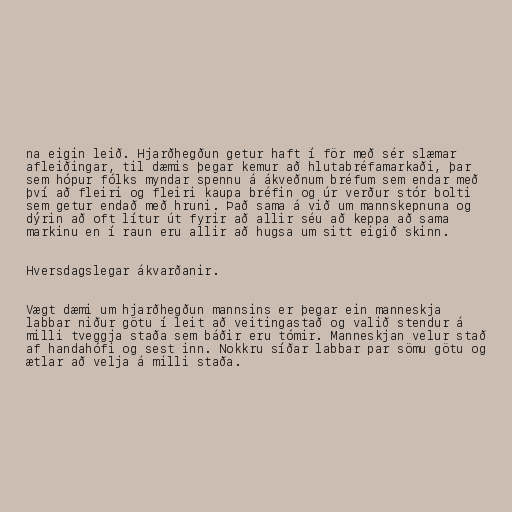
na eigin leið. Hjarðhegðun getur haft í för með sér slæmar
afleiðingar, til dæmis þegar kemur að hlutabréfamarkaði, þar
sem hópur fólks myndar spennu á ákveðnum bréfum sem endar með
því að fleiri og fleiri kaupa bréfin og úr verður stór bolti
sem getur endað með hruni. Það sama á við um mannskepnuna og
dýrin að oft lítur út fyrir að allir séu að keppa að sama
markinu en í raun eru allir að hugsa um sitt eigið skinn.

Hversdagslegar ákvarðanir.

Vægt dæmi um hjarðhegðun mannsins er þegar ein manneskja
labbar niður götu í leit að veitingastað og valið stendur á
milli tveggja staða sem báðir eru tómir. Manneskjan velur stað
af handahófi og sest inn. Nokkru síðar labbar par sömu götu og
ætlar að velja á milli staða.